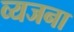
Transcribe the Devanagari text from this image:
व्यजना